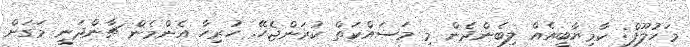
މަހުލޫފް: ކާމިޔާބީއެއް ލިބެންދެން މި މަސައްކަތް ކުރަންޖެހޭ. ހުރިހާ އެންމެން ޗާންދަނީ މަގަށް